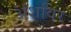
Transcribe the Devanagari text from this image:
अंशांवर